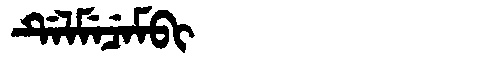
Manchu: ᡩᡝᠯᠮᡝᠴᡝᠮᠪᡳ
Romanization: DELMECEMBI